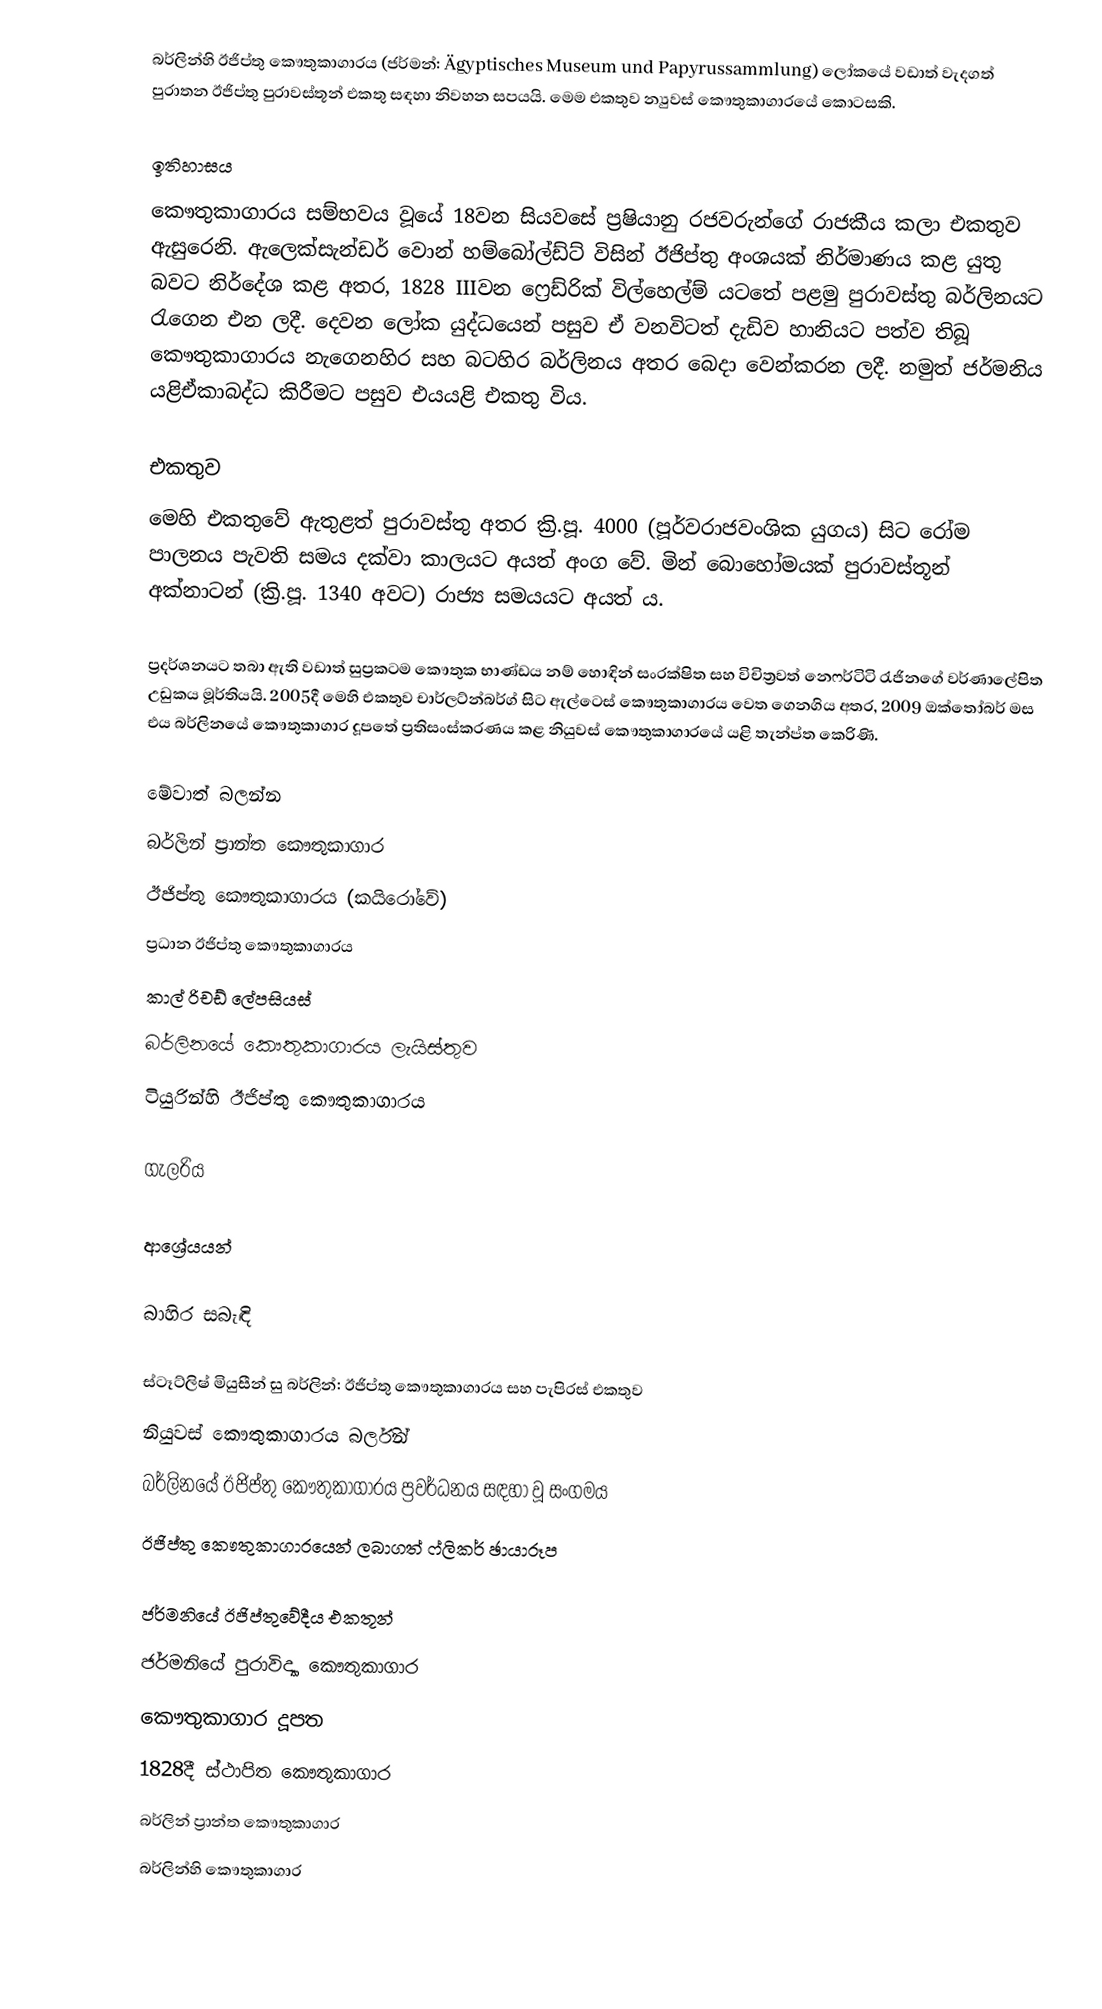
බර්ලින්හි ඊජිප්තු‍ කෞතුකාගාරය (ජර්මන්: Ägyptisches Museum und Papyrussammlung) ලෝකයේ වඩාත් වැදගත් පුරාතන ඊජිප්තු පුරාවස්තූන් එකතු සඳහා නිවහන සපයයි. මෙම එකතුව න්‍යුවස් කෞතුකාගාරයේ කොටසකි.

ඉතිහාසය
කෞතුකාගාරය සම්භවය වූයේ 18වන සියවසේ ප්‍රෂියානු රජවරුන්ගේ රාජකීය කලා එකතුව ඇසුරෙනි. ඇලෙක්සැන්ඩර් වොන් හම්බෝල්ඩ්ට් විසින් ඊජිප්තු අංශයක් නිර්මාණය කළ යුතු බවට නිර්දේශ කළ අතර, 1828 IIIවන ෆ්‍රෙඩ්රික් විල්හෙල්ම් යටතේ පළමු පුරාවස්තු බර්ලිනයට රැගෙන එන ලදී. දෙවන ‍ලෝක යුද්ධයෙන් පසුව ඒ වනවිටත් දැඩිව හානියට පත්ව තිබූ කෞතුකාගාරය නැගෙනහිර සහ බටහිර බර්ලිනය අතර බෙදා වෙන්කරන ලදී. නමුත් ජර්මනිය යළිඒකාබද්ධ කිරීමට පසුව එයයළි එකතු විය.

එකතුව
මෙහි එකතුවේ ඇතුළත් පුරාවස්තු අතර ක්‍රි.පූ. 4000 (පූර්වරාජවංශික යුගය) සිට රෝම පාලනය පැවති සමය දක්වා කාලයට අයත් අංග වේ. මින් බොහෝමයක් පුරාවස්තූන් අක්නාටන් (ක්‍රි.පූ. 1340 අවට) රාජ්‍ය සමයයට අයත් ය.

ප්‍රදර්ශනයට තබා ඇති වඩාත් සුප්‍රකටම කෞතුක භාණ්ඩය නම් හොඳින් සංරක්ෂිත සහ විචිත්‍රවත් නෙෆර්ටිටි රැජිනගේ වර්ණාලේපිත උඩුකය මූර්තියයි. 2005දී මෙහි එකතුව චාර්ලට්න්බර්ග් සිට ඇල්ටෙස් කෞතුකාගාරය වෙත ගෙනගිය අතර, 2009 ඔක්තෝබර් මස එය බර්ලිනයේ කෞතුකාගාර දූපතේ ප්‍රතිසංස්කරණය කළ නියුවස් කෞතුකාගාරයේ යළි තැන්ප්ත කෙරිණි.

මේවාත් බලන්න
 බර්ලින් ප්‍රාන්ත කෞතුකාගාර
 ඊජිප්තු කෞතුකාගාරය (කයිරෝවේ)
 ප්‍රධාන ඊජිප්තු කෞතුකාගාරය
 කාල් රිචඩ් ලේපසියස්
 බර්ලිනයේ කෞතුකාගාරය ලැයිස්තුව
 ටියුරින්හි ඊජිප්තු කෞතුකාගාරය

ගැලරිය

ආශ්‍රේයයන්

බාහිර සබැඳි

 ස්ටෑට්ලිෂ් මියුසීන් සු බර්ලින්: ඊජිප්තු කෞතුකාගාරය සහ පැපිරස් එකතුව
 නියුවස් කෞතුකාගාරය බර්ලින්
 බර්ලිනයේ ඊජිප්තු කෞතුකාගාරය ප්‍රවර්ධනය සඳහා වූ සංගමය
 ඊජිප්තු කෞතුකාගාරයෙන් ලබාගත් ෆ්ලිකර් ඡායාරූප

ජර්මනියේ ඊජිප්තුවේදීය එකතූන්
ජර්මනියේ පුරාවිද්‍යා කෞතුකාගාර
කෞතුකාගාර දූපත
1828දී ස්ථාපිත කෞතුකාගාර
බර්ලින් ප්‍රාන්ත කෞතුකාගාර
බර්ලින්හි කෞතුකාගාර